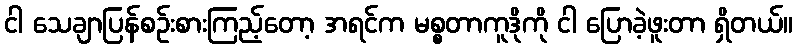
ငါ သေချာပြန်စဉ်းစားကြည့်တော့ အရင်က မစ္စတာကူဒိုကို ငါ ပြောခဲ့ဖူးတာ ရှိတယ်။